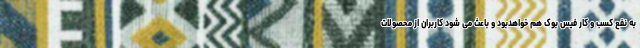
به نفع کسب و کار فیس بوک هم خواهدبود و باعث می شود کاربران از محصولات